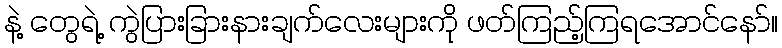
နဲ့ တွေရဲ့ ကွဲပြားခြားနားချက်လေးများကို ဖတ်ကြည့်ကြရအောင်နော်။